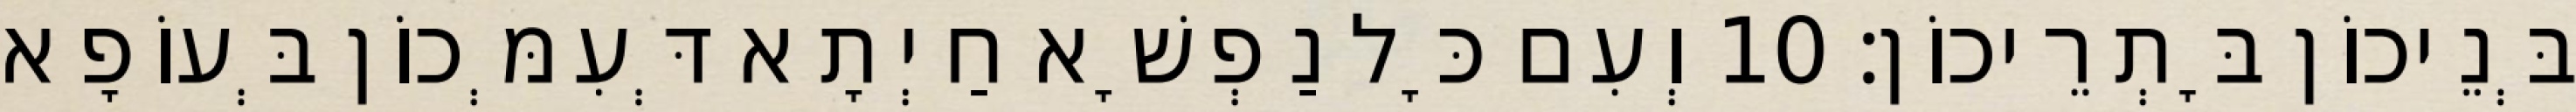
בְּנֵיכוֹן בָּתְרֵיכוֹן׃ 10 וְעִם כָּל נַפְשָׁא חַיְתָא דְּעִמְּכוֹן בְּעוֹפָא